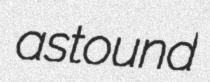
astound